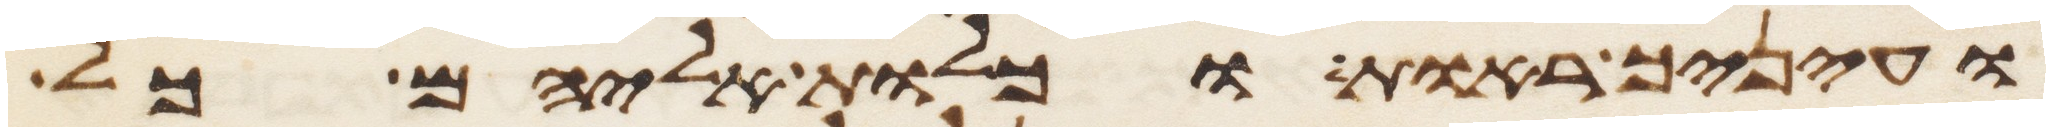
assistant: ועיניך ראות וכלות אליהם כל